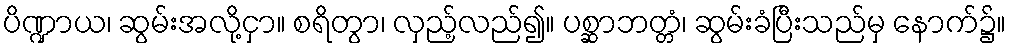
ပိဏ္ဍာယ၊ ဆွမ်းအလို့ငှာ။ စရိတွာ၊ လှည့်လည်၍။ ပစ္ဆာဘတ္တံ၊ ဆွမ်းခံပြီးသည်မှ နောက်၌။